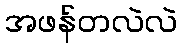
အဖန်တလဲလဲ